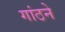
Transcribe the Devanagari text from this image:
गांठने